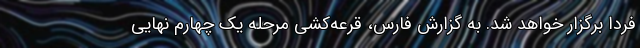
فردا برگزار خواهد شد. به گزارش فارس، قرعه‌کشی مرحله یک چهارم نهایی